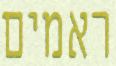
ראמים